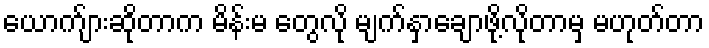
ယောက်ျားဆိုတာက မိန်းမ တွေလို မျက်နှာချောဖို့လိုတာမှ မဟုတ်တာ